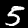
Label: 5